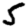
Digit: 5